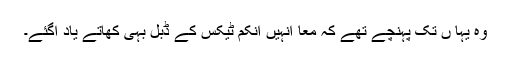
وہ یہا ں تک پہنچے تھے کہ معاً انہیں انکم ٹیکس کے ڈبل بہی کھاتے یاد آگئے۔